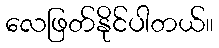
လေဖြတ်နိုင်ပါတယ်။